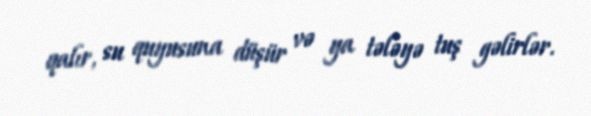
qalır, su quyusuna düşür və ya tələyə tuş gəlirlər.